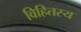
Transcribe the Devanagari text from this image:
विहितस्य